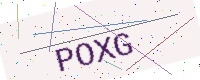
Text: POXG